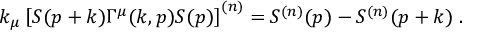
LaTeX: k _ { \mu } \left[ S ( p + k ) \Gamma ^ { \mu } ( k , p ) S ( p ) \right] ^ { ( n ) } = S ^ { ( n ) } ( p ) - S ^ { ( n ) } ( p + k ) \; .